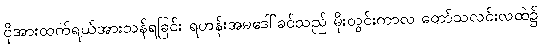
ငိုအားထက်ရယ်အားသန်ရခြင်း ရဟန်းအမဒေါ်ခင်သည် မိုးတွင်းကာလ တော်သလင်းလထဲ၌